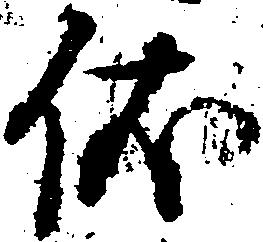
依